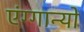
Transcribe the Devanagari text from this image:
एंग्गान्यो